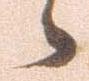
候